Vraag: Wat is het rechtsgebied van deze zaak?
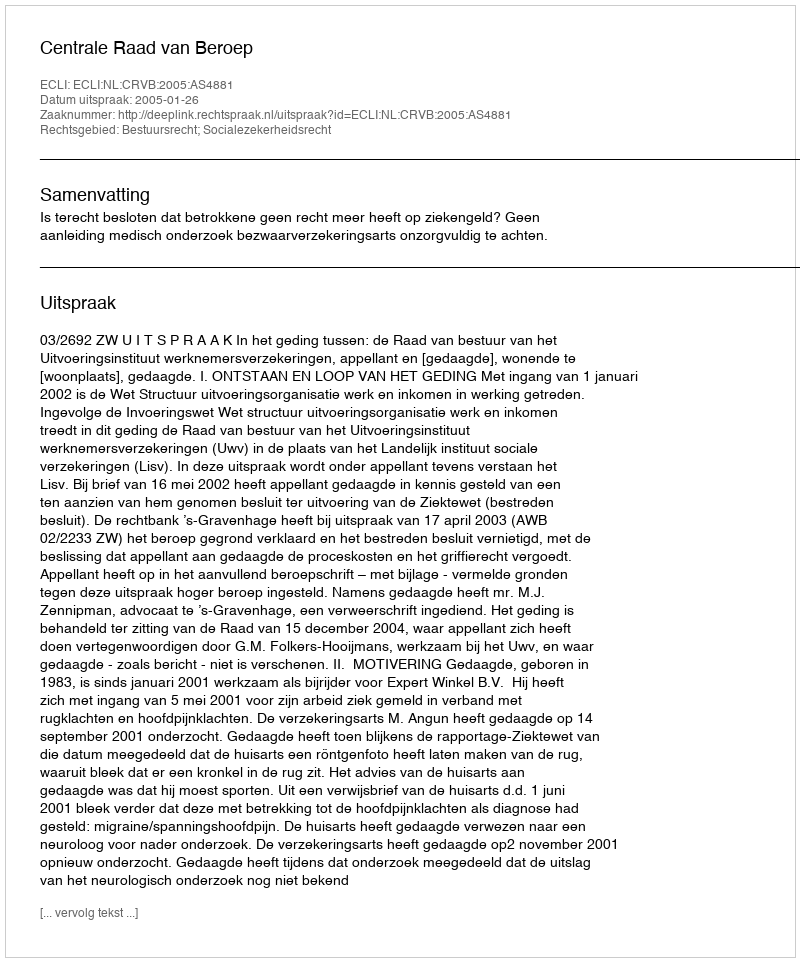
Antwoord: Bestuursrecht; Socialezekerheidsrecht